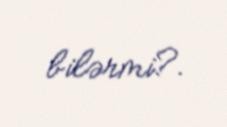
bilərmi?.